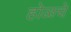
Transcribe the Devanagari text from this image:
होळचे